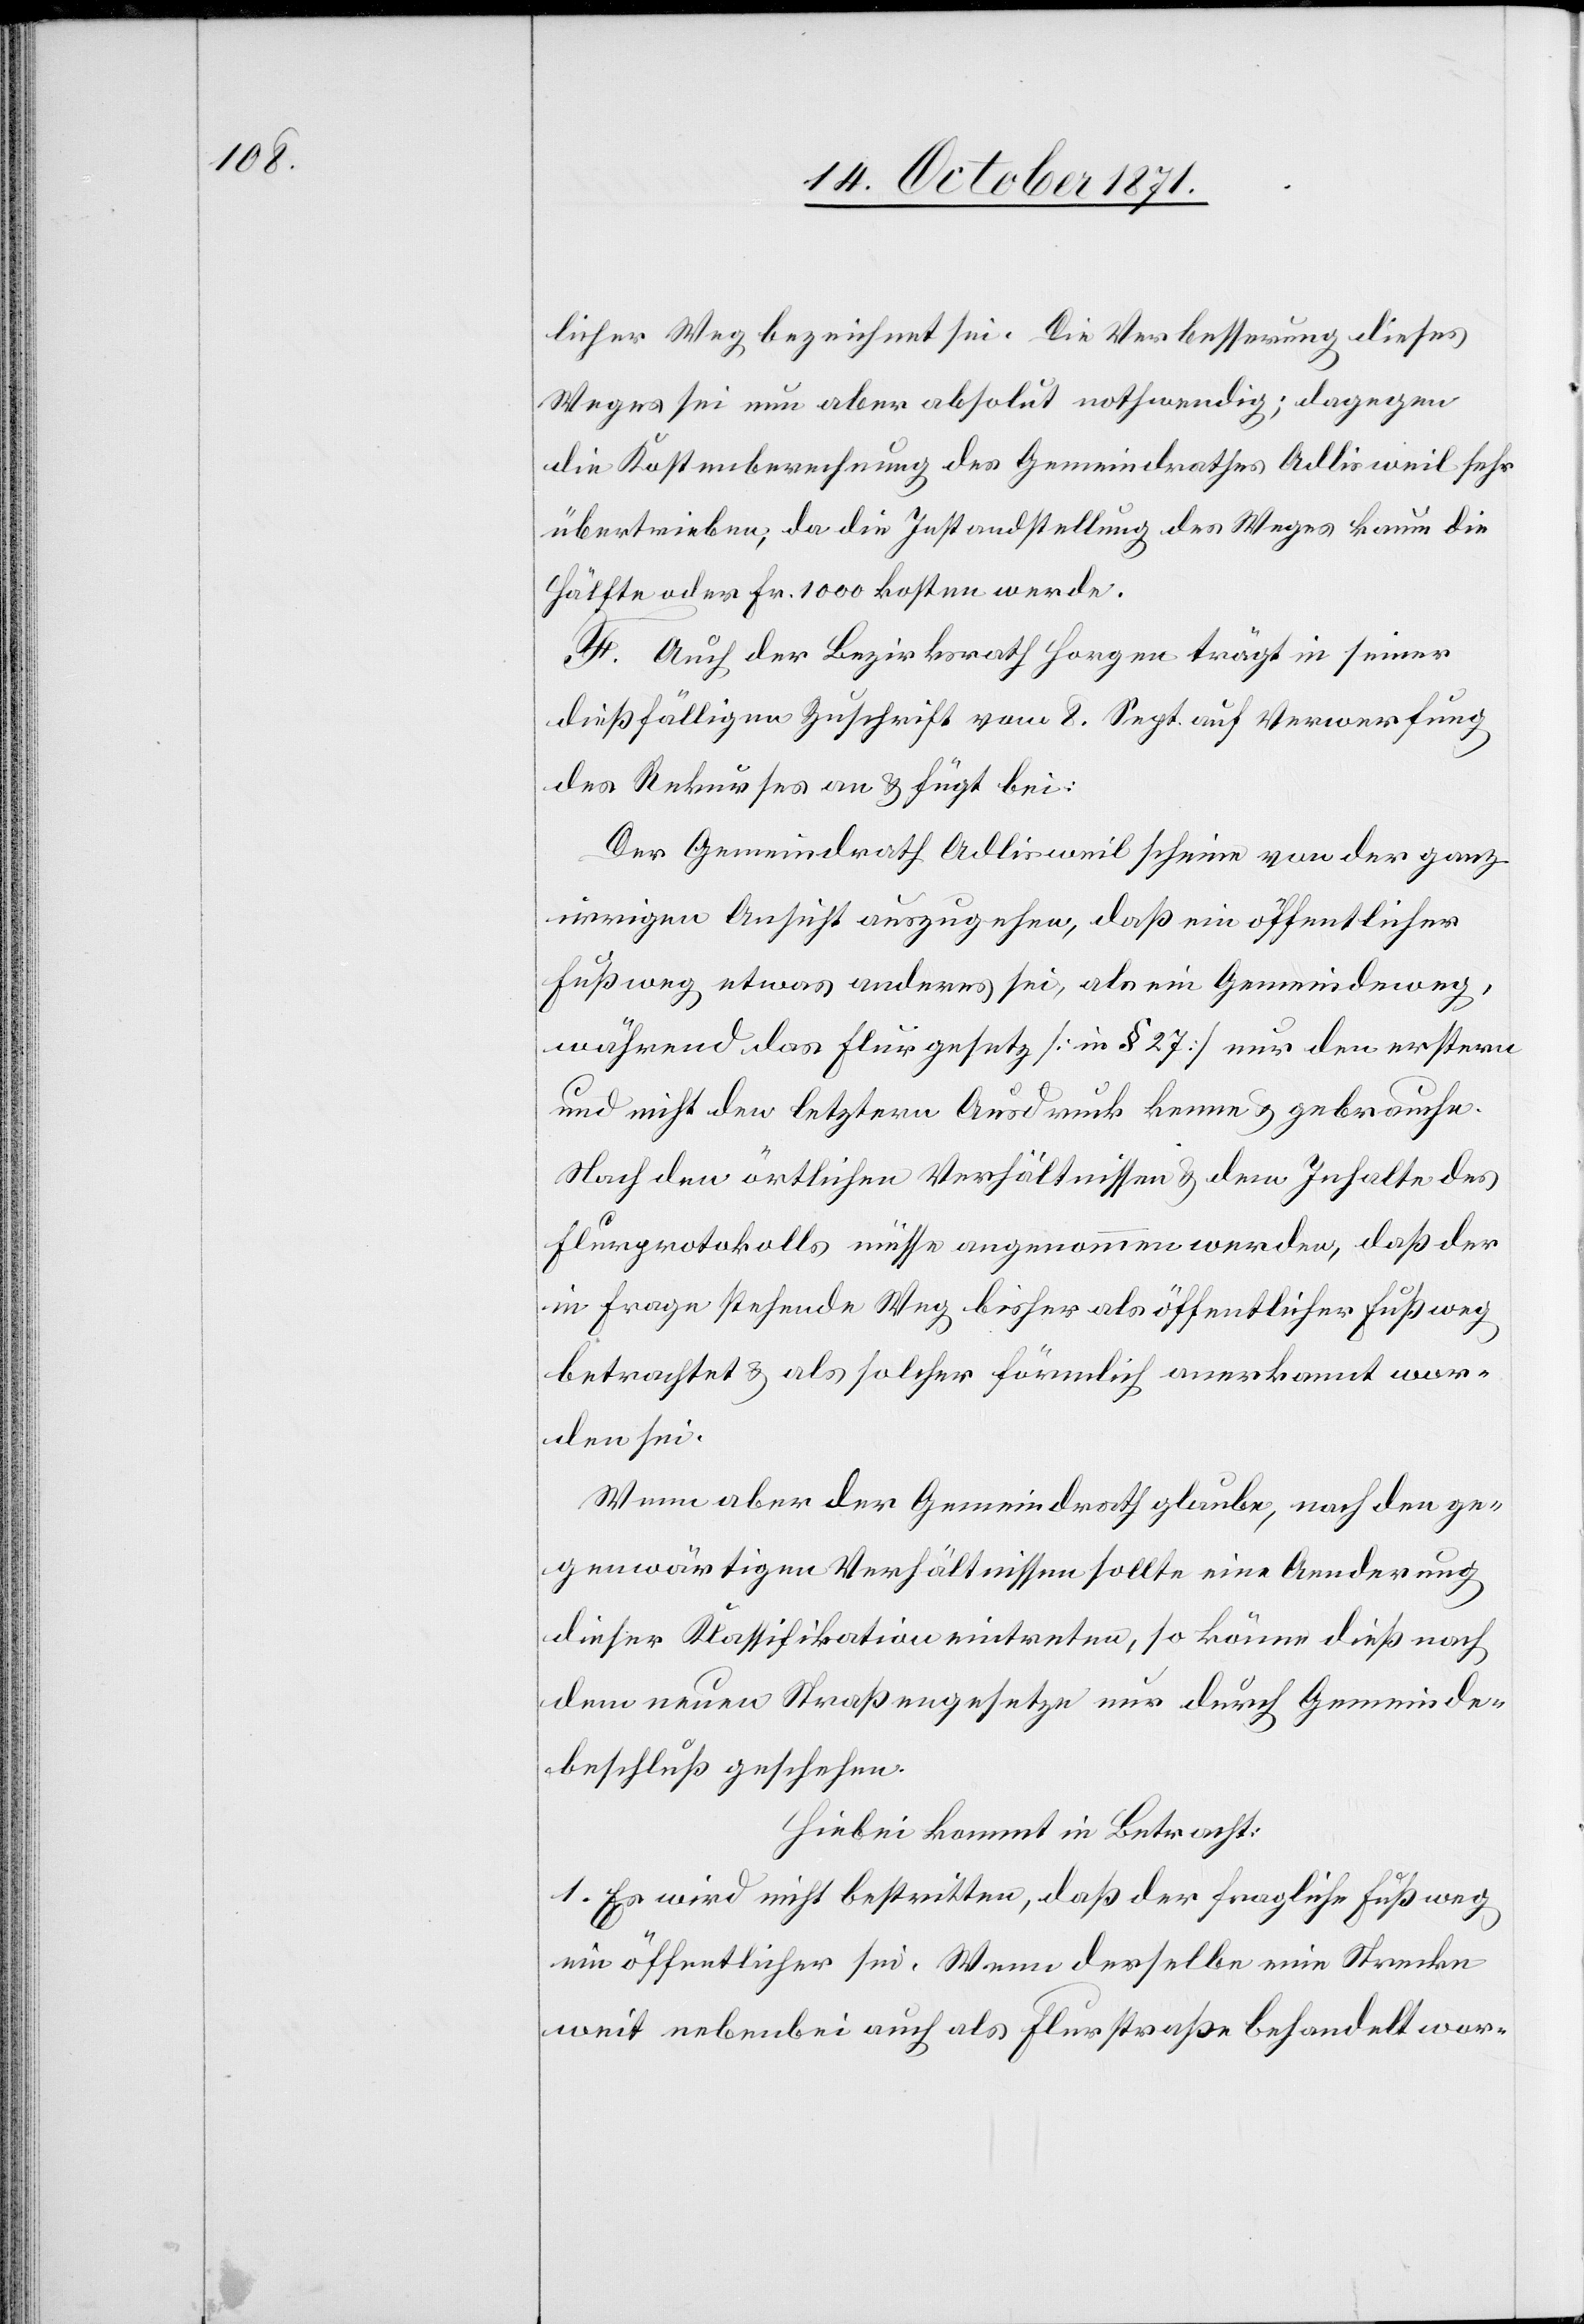
licher Weg bezeichnet sei. Die Verbesserung dieses
Weges sei nun aber absolut nothwendig; dagegen
die Kostenberechnung des Gemeindrathes Adlisweil sehr
übertrieben, da die Instandstellung des Weges kaum die
Hälfte oder Fr. 1000 kosten werde.
F. Auch der Bezirksrath Horgen trägt in seiner
dießfälligen Zuschrift vom 8. Sept. auf Verwerfung
des Rekurses an & fügt bei:
Der Gemeindrath Adlisweil scheine von der ganz
irrigen Ansicht auszugehen, daß ein öffentlicher
Fußweg etwas anderes sei, als ein Gemeindeweg,
während das Flurgesetz [in § 27] nur den erstern
und nicht den letztern Ausdruck kenne & gebrauche.
Nach den örtlichen Verhältnissen & dem Inhalte des
Flurprotokolls müsse angenommen werden, daß der
in Frage stehende Weg bisher als öffentlicher Fußweg
betrachtet & als solcher förmlich anerkannt wor¬
den sei.
Wenn aber der Gemeindrath glaube, nach den ge¬
genwärtigen Verhältnissen sollte eine Aenderung
dieser Klassifikation eintreten, so könne dieß nach
dem neuen Straßengesetze nur durch Gemeinde¬
beschluß geschehen.
Hierbei kommt in Betracht:
1. Es wird nicht bestritten, daß der fragliche Fußweg
ein öffentlicher sei. Wenn derselbe eine Strecke
weit nebenbei auch als Flurstraße behandelt wor-